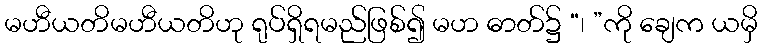
မဟီယတိမဟီယတိဟု ရုပ်ရှိရမည်ဖြစ်၍ မဟ ဓာတ်၌ “၊ ”ကို ချေက ယမှိ